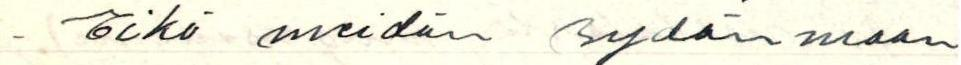
- Eikö meidän sydänmaan